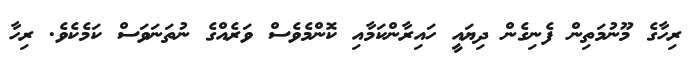
ރިހާގެ މޫނުމަތިން ފެނިގެން ދިޔައީ ހައިރާންކަމާއި ކޮންމެވެސް ވަރެއްގެ ނުތަނަވަސް ކަމެކެވެ. ރިހާ